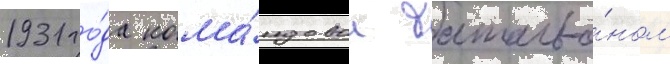
1931 го́да кома́ндовал батальо́ном